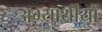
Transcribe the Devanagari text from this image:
अभ्यार्थीयों